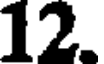
12.